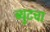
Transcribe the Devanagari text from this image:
ब्युटचा